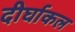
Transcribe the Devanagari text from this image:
दीर्घाकल